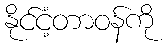
နိုင်ငံ့တာဝန်ကို